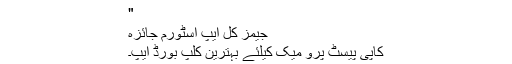
"
جیمز کل ایپ اسٹورم جائزہ
کاپی پیسٹ پرو میک کیلئے بہترین کلپ بورڈ ایپ۔